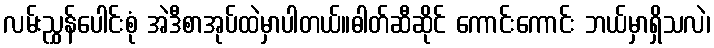
လမ်းညွှန်ပေါင်းစုံ အဲဒီစာအုပ်ထဲမှာပါတယ်။ဓါတ်ဆီဆိုင် ကောင်းကောင်း ဘယ်မှာရှိသလဲ၊